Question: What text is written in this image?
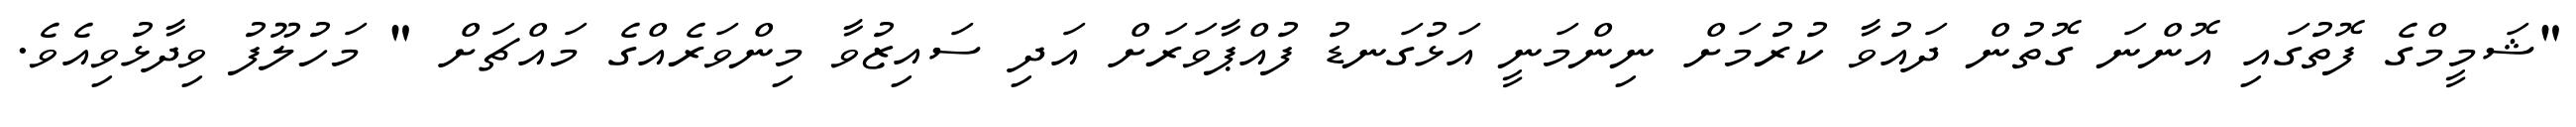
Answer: "ޝަމީމްގެ ފޮތުގައި އޮންނަ ގޮތުން ދައުވާ ކުރުމަށް ނިންމަނީ އަޅުގަނޑު ފުއްޕާވަރަށް އަދި ސައިޒުވާ މިންވަރެއްގެ މައްޗަށް " މަހުލޫފު ވިދާޅުވިއެވެ.